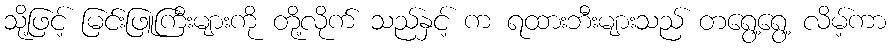
သို့ဖြင့် မြင်းဖြူကြီးများကို တို့လိုက် သည်နှင့် က ရထားဘီးများသည် တရွေ့ရွေ့ လိမ့်ကာ